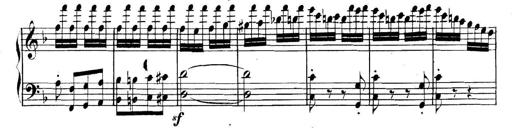
Title: Collected Piano Sonatas
Composer: Muzio Clementi